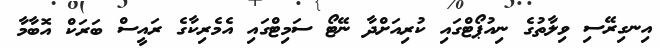
އިނގިރޭސި ވިލާތުގެ ނިއުޕޯޓްގައި ކުރިއަށްދާ ނޭޓޯ ސަމިޓްގައި އެމެރިކާގެ ރައީސް ބަރަކް އޮބާމާ